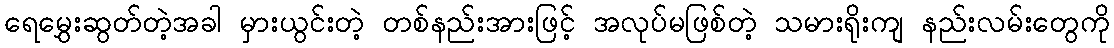
ရေမွှေးဆွတ်တဲ့အခါ မှားယွင်းတဲ့ တစ်နည်းအားဖြင့် အလုပ်မဖြစ်တဲ့ သမားရိုးကျ နည်းလမ်းတွေကို